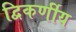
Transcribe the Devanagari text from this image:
द्विकर्णीय